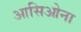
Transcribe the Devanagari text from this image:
आसिओना